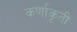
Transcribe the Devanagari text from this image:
कर्णाकृती